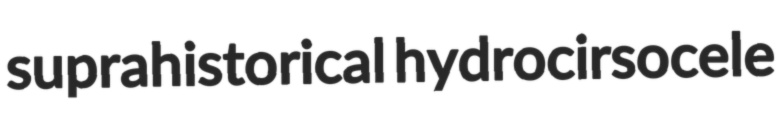
suprahistorical hydrocirsocele